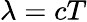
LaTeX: \lambda=cT